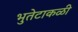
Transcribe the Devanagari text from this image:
भुतेटाकळी